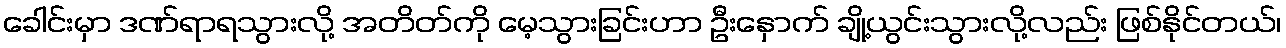
ခေါင်းမှာ ဒဏ်ရာရသွားလို့ အတိတ်ကို မေ့သွားခြင်းဟာ ဦးနှောက် ချို့ယွင်းသွားလို့လည်း ဖြစ်နိုင်တယ်၊